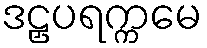
ဒဠှပရက္ကမေ